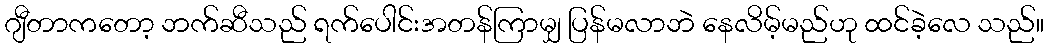
ဂျီတာကတော့ ဘက်ဆီသည် ရက်ပေါင်းအတန်ကြာမျှ ပြန်မလာဘဲ နေလိမ့်မည်ဟု ထင်ခဲ့လေ သည်။